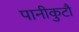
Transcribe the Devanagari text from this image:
पानीकुटौ